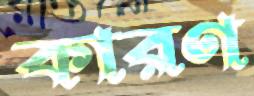
কারণ